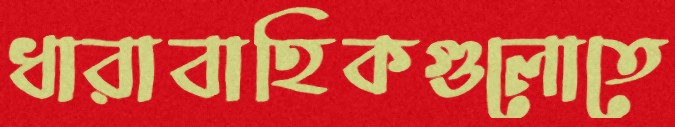
ধারাবাহিকগুলোতে